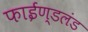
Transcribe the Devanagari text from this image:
फाईण्डलंड